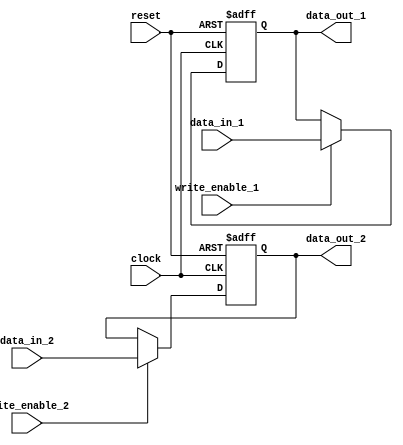
module dual_port_register(
  input clock,
  input reset,
  input [7:0] data_in_1,
  input [7:0] data_in_2,
  input write_enable_1,
  input write_enable_2,
  output reg [7:0] data_out_1,
  output reg [7:0] data_out_2
);

reg [7:0] reg_1;
reg [7:0] reg_2;

always @(posedge clock or posedge reset) begin
  if (reset) begin
    reg_1 <= 8'b0;
    reg_2 <= 8'b0;
  end else begin
    if (write_enable_1) begin
      reg_1 <= data_in_1;
    end
    
    if (write_enable_2) begin
      reg_2 <= data_in_2;
    end
  end
end

always @(*) begin
  data_out_1 <= reg_1;
  data_out_2 <= reg_2;
end

endmodule